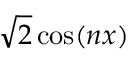
{ \sqrt { 2 } } \cos ( n x )